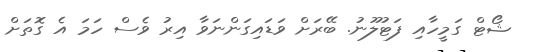
ޝޯޓް ގަމީހާއި ފަޓުލޫނު. ބޭރަށް ވަޑައިގަންނަވާ އިރު ވެސް ހަމަ އެ ގޮތަށް